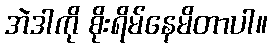
အဲဒါကို စိုးရိမ်နေမိတာပါ။